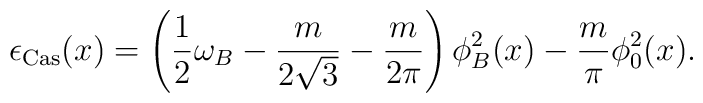
\epsilon_{\rm Cas}(x) = \left(\frac{1}{2} \omega_B - \frac{m}{2 \sqrt{3}} -     \frac{m}{2 \pi}\right)\phi_B^2(x) - \frac{m}{\pi} \phi_0^2(x).